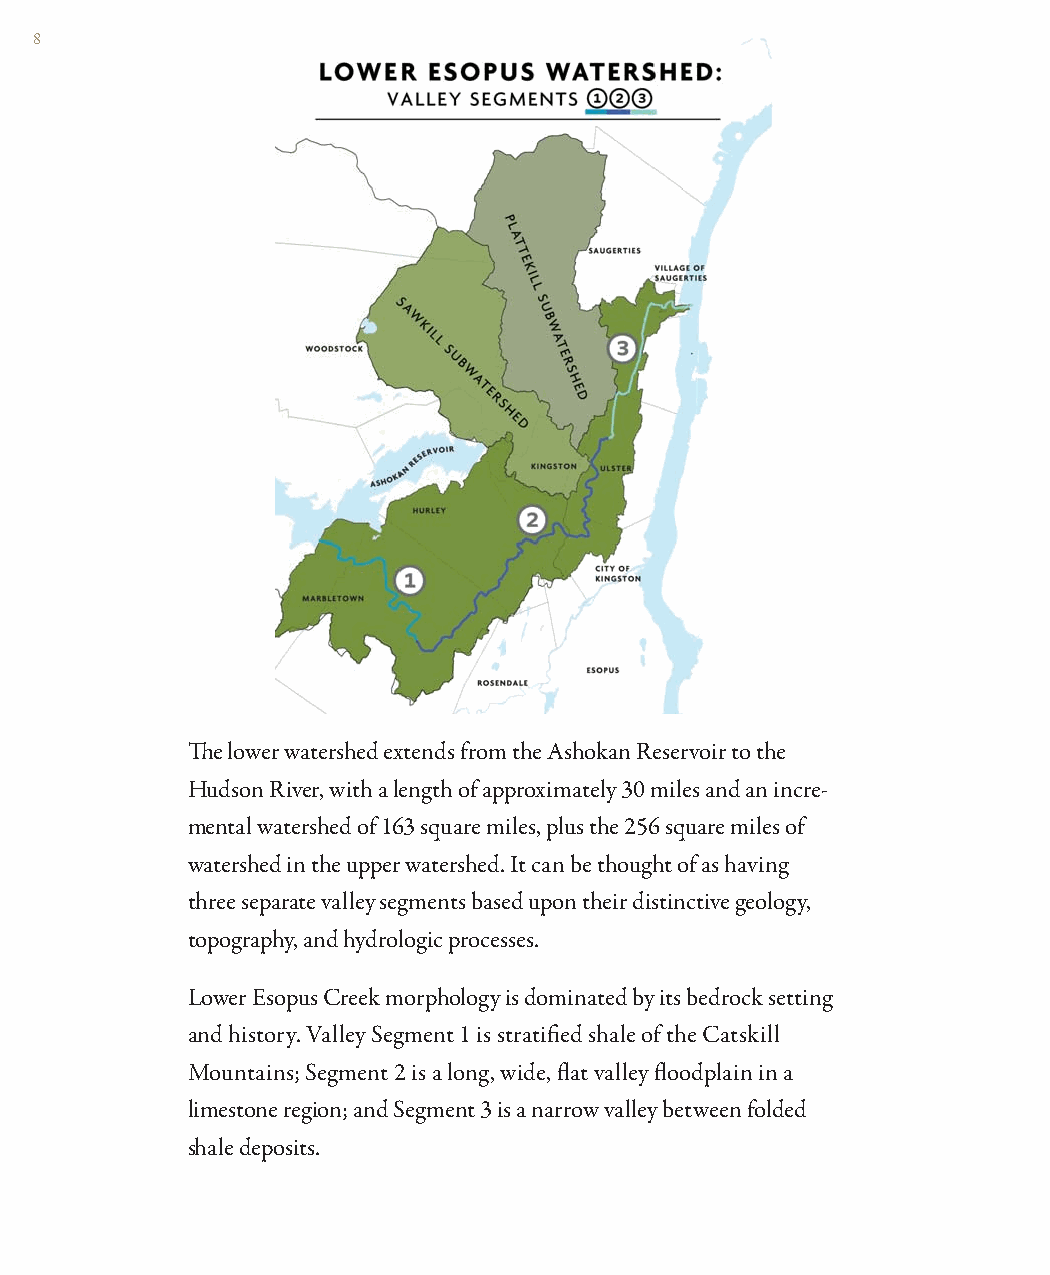
8
 Th e lower watershed extends from the Ashokan Reservoir to the
 Hudson River, with a length of approximately 30 miles and an incre-
 mental watershed of 163 square miles, plus the 256 square miles of
 watershed in the upper watershed. It can be thought of as having
 three separate valley segments based upon their distinctive geology,
 topography, and hydrologic processes.
 Lower Esopus Creek morphology is dominated by its bedrock setting
 and history. Valley Segment 1 is stratifi ed shale of the Catskill
 Mountains; Segment 2 is a long, wide, fl at valley fl oodplain in a
 limestone region; and Segment 3 is a narrow valley between folded
 shale deposits.